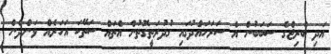
އަދި ބްރިޖްގެ ސަބަބުން އެ ސަރަހައްދުގައި ގުދުރަތީގޮތުން އެތައް ސަތޭކަ އަހަރެއް ވަންދެން